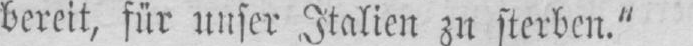
bereit, für unser Italien zu sterben.”